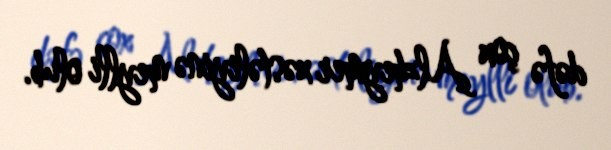
dəfə çox Alzheymer xəstəliyinə meylli olub.